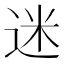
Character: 迷